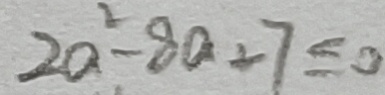
2 a ^ { 2 } - 8 a + 7 \leq 0